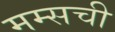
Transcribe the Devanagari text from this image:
मम्सची